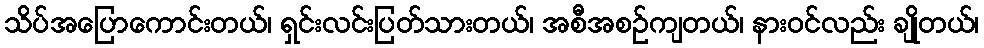
သိပ်အပြောကောင်းတယ်၊ ရှင်းလင်းပြတ်သားတယ်၊ အစီအစဉ်ကျတယ်၊ နားဝင်လည်း ချိုတယ်၊